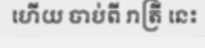
ហើយ ចាប់ពី រាត្រី នេះ